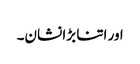
اور اتنا بڑا نشان۔